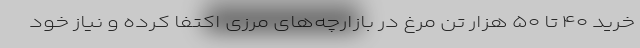
خرید ۴۰ تا ۵۰ هزار تن مرغ در بازارچه‌های مرزی اکتفا کرده و نیاز خود